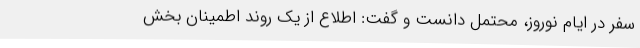
سفر در ایام نوروز، محتمل دانست و گفت: اطلاع از یک روند اطمینان بخش